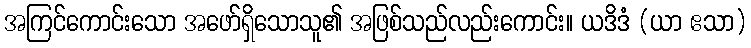
အကြင်ကောင်းသော အဖော်ရှိသောသူ၏ အဖြစ်သည်လည်းကောင်း။ ယဒိဒံ (ယာ ဧသာ)